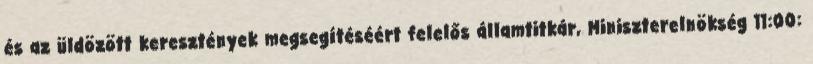
és az üldözött keresztények megsegítéséért felelős államtitkár, Miniszterelnökség 11:00: